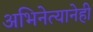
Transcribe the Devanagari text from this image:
अभिनेत्यानेही